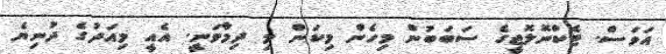
އަވަސް. ޓެކްނޮލޮޖީގެ ސަބަބުން މިހެން މިކަން މި ދިމާވަނީ. އެއީ މިއަދުގެ ދުނިޔެ